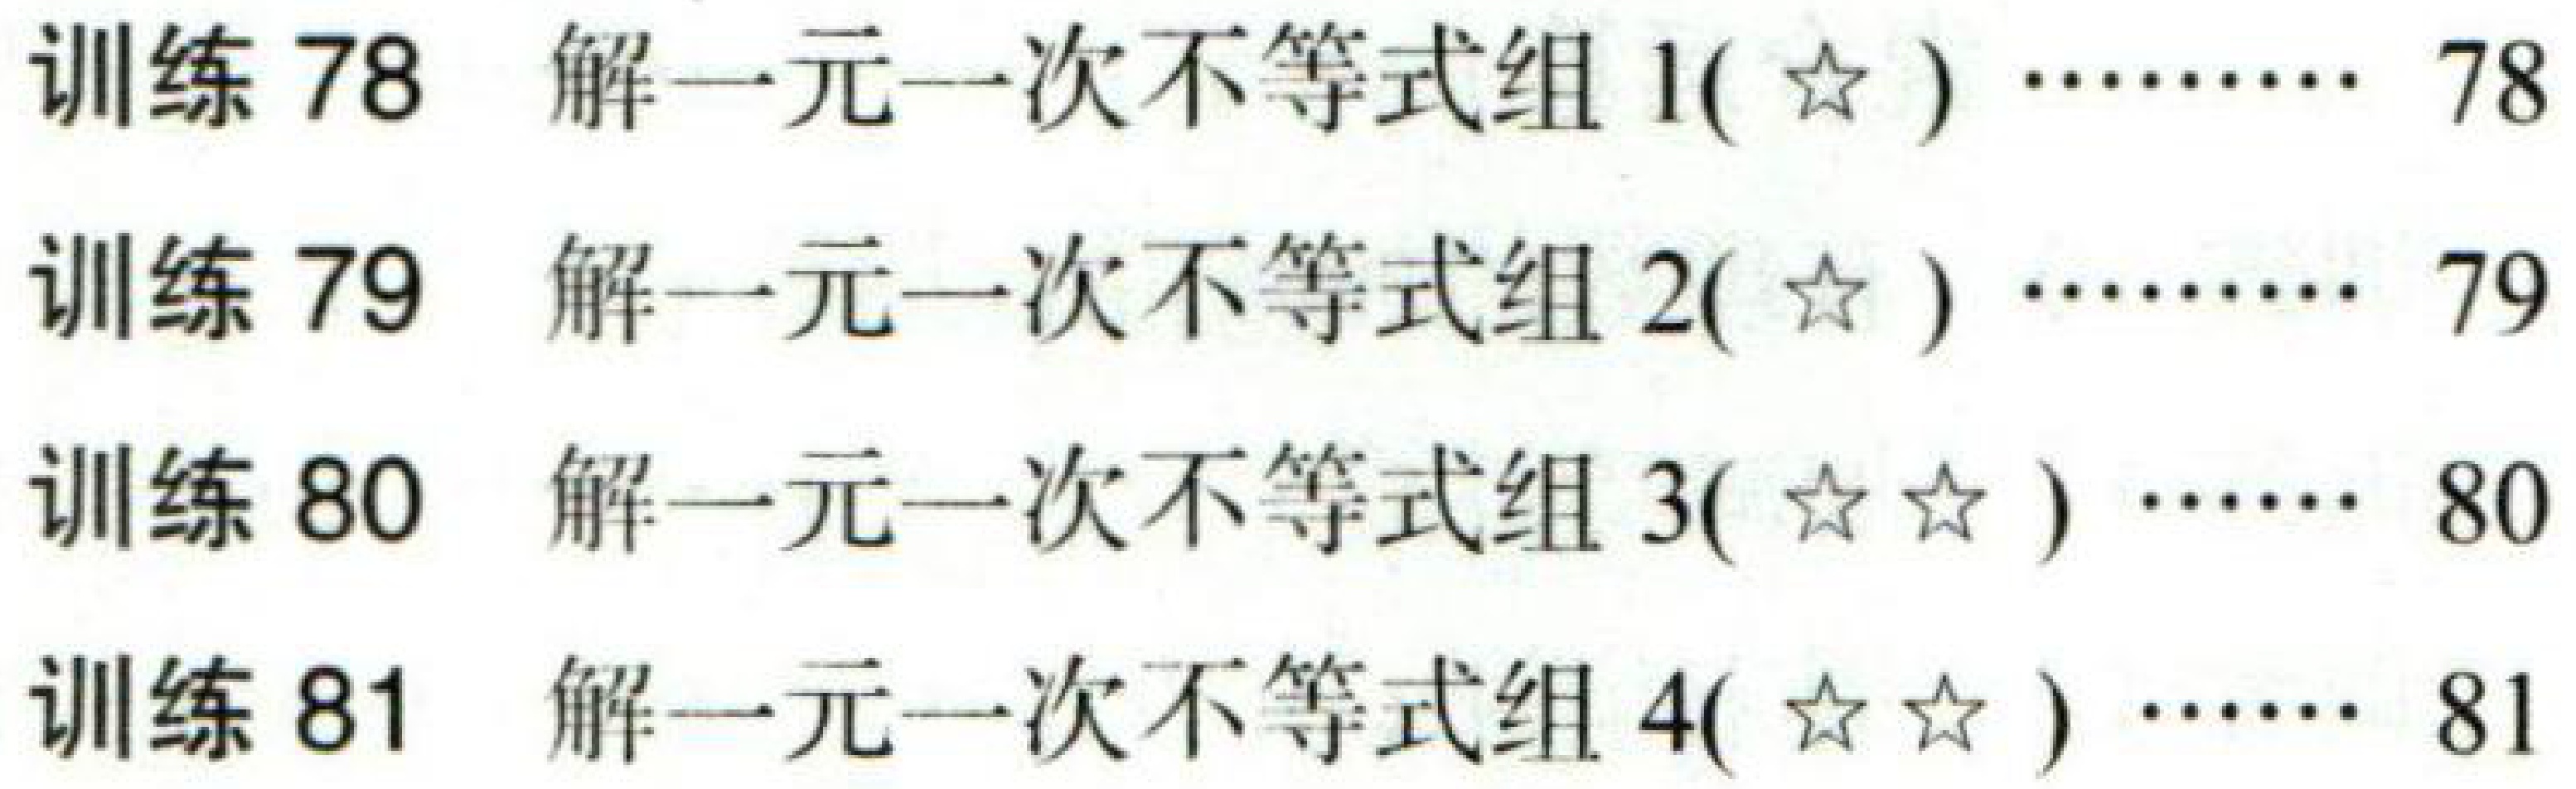
训练 78 解一元一次不等式组 1(☆) ……… 78

训练 79 解一元一次不等式组 2(☆) ……… 79

训练 80 解一元一次不等式组 3(☆☆) …… 80

训练 81 解一元一次不等式组 4(☆☆) …… 81